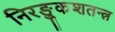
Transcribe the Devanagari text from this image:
निरङ्कुशतन्त्र